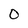
Character: O